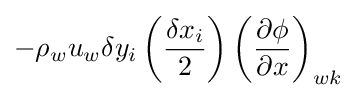
{-\rho _{w}u_{w}\delta y_{i}\left({\frac {\delta x_{i}}{2}}\right)\left({\frac {\partial \phi }{\partial x}}\right)_{wk}}